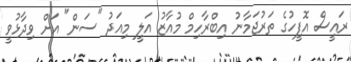
ރައީސް އޮފީހުގެ ތަރުޖަމާނު އިބްރާހިމް މުއާޒު އަލީ މިއަދު "ސަން" އަށް ވިދާޅުވީ